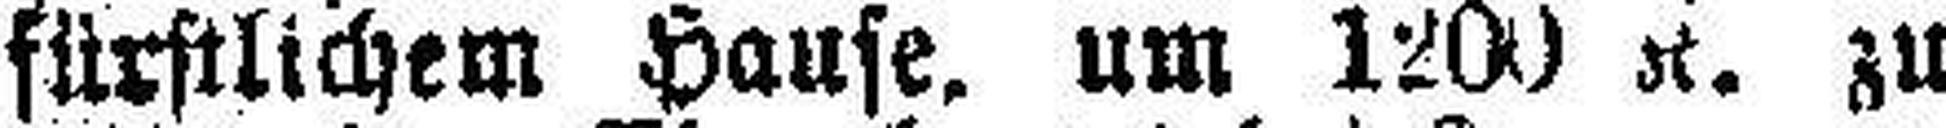
fürstlichem Hause. um 120) K. zu